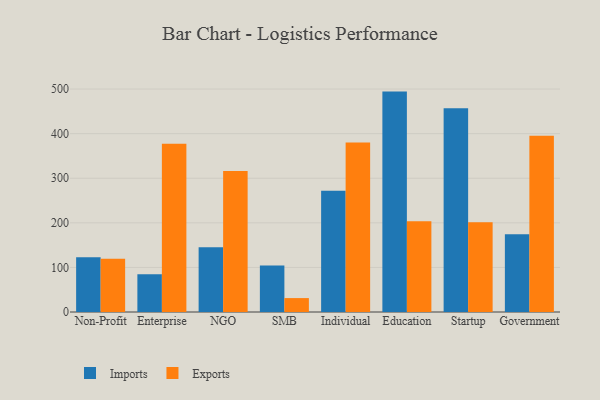
{"axis": {"x": "Segment", "y": "Inventory Turnover"}, "legend": ["Exports", "Imports"], "data": [{"x": "Non-Profit", "y": 122.6, "type": "Imports"}, {"x": "Non-Profit", "y": 119.4, "type": "Exports"}, {"x": "Enterprise", "y": 84.9, "type": "Imports"}, {"x": "Enterprise", "y": 377.2, "type": "Exports"}, {"x": "NGO", "y": 145.1, "type": "Imports"}, {"x": "NGO", "y": 316.0, "type": "Exports"}, {"x": "SMB", "y": 104.4, "type": "Imports"}, {"x": "SMB", "y": 31.2, "type": "Exports"}, {"x": "Individual", "y": 272.2, "type": "Imports"}, {"x": "Individual", "y": 380.4, "type": "Exports"}, {"x": "Education", "y": 494.3, "type": "Imports"}, {"x": "Education", "y": 203.8, "type": "Exports"}, {"x": "Startup", "y": 456.9, "type": "Imports"}, {"x": "Startup", "y": 201.5, "type": "Exports"}, {"x": "Government", "y": 174.5, "type": "Imports"}, {"x": "Government", "y": 395.5, "type": "Exports"}]}